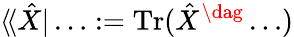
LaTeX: \langle\! \langle\hat{X}|\dotsc:=\operatorname{Tr}(\hat{X}^{\dag}\dotsc)